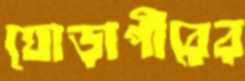
ঘোড়াপীরের